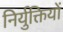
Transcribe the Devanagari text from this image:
निर्युक्तियों